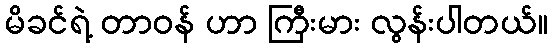
မိခင်ရဲ့ တာဝန် ဟာ ကြီးမား လွန်းပါတယ်။